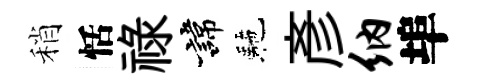
稍恬禄諱駰彥纳埠